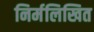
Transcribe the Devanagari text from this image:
निर्मलिखित